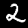
Label: 2